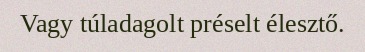
Vagy túladagolt préselt élesztő.